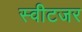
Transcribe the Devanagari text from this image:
स्वीटजर